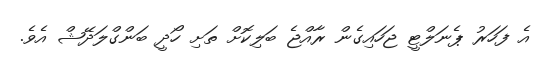
އެ ފަހަރު ޕެނަލްޓީ ޖަހައިގެން ރާއްޖެ ބަލިކޮށް ތަށި ހޯދީ ބަންގްލަދޭޝް އެވެ.